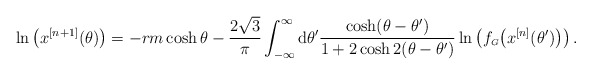
\begin{align*} \ln \left( x^{[n+1]}(\theta )\right) = -rm \cosh \theta - \frac{2\sqrt{3}}{\pi} \int_{-\infty }^{\infty} {\rm d}\theta^\prime \frac{\cosh (\theta -\theta^\prime)}{ 1+2 \cosh 2(\theta -\theta^\prime)} \ln \left( f_{\scriptscriptstyle G} \bigl( x^{[n]}(\theta^\prime) \bigr) \right).\end{align*}